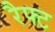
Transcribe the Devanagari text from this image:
रैफ्ट